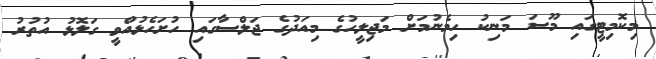
މިކޮމިޓީގައި މޫސަ މަނިކު ހިމެނުމަށް މަޖިލީހުގެ މިއަދުގެ ޖަލްސާގައި ހުށަހެޅުއްވީ ގަލޮޅު އުތުރު